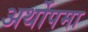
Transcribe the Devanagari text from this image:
अर्थोपमा